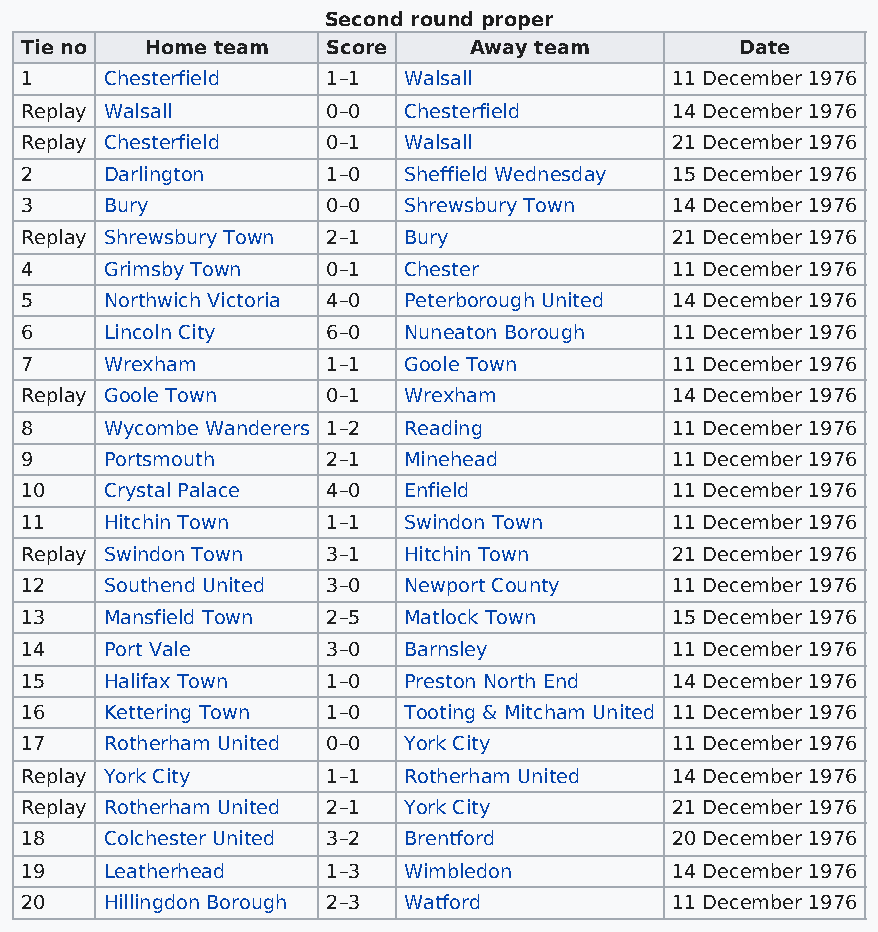
Second round proper
 Tie no   Home team   Score    Away team         Date
 1     Chesterfield   1–1  Walsall          11 December 1976
 Replay Walsall       0–0  Chesterfield     14 December 1976
 Replay Chesterfield  0–1  Walsall          21 December 1976
 2     Darlington     1–0  Sheffield Wednesday 15 December 1976
 3     Bury           0–0  Shrewsbury Town  14 December 1976
 Replay Shrewsbury Town 2–1 Bury            21 December 1976
 4     Grimsby Town   0–1  Chester          11 December 1976
 5     Northwich Victoria 4–0 Peterborough United 14 December 1976
 6     Lincoln City   6–0  Nuneaton Borough 11 December 1976
 7     Wrexham        1–1  Goole Town       11 December 1976
 Replay Goole Town    0–1  Wrexham          14 December 1976
 8     Wycombe Wanderers 1–2 Reading        11 December 1976
 9     Portsmouth     2–1  Minehead         11 December 1976
 10    Crystal Palace 4–0  Enfield          11 December 1976
 11    Hitchin Town   1–1  Swindon Town     11 December 1976
 Replay Swindon Town  3–1  Hitchin Town     21 December 1976
 12    Southend United 3–0 Newport County   11 December 1976
 13    Mansfield Town 2–5  Matlock Town     15 December 1976
 14    Port Vale      3–0  Barnsley         11 December 1976
 15    Halifax Town   1–0  Preston North End 14 December 1976
 16    Kettering Town 1–0  Tooting & Mitcham United 11 December 1976
 17    Rotherham United 0–0 York City       11 December 1976
 Replay York City     1–1  Rotherham United 14 December 1976
 Replay Rotherham United 2–1 York City      21 December 1976
 18    Colchester United 3–2 Brentford      20 December 1976
 19    Leatherhead    1–3  Wimbledon        14 December 1976
 20    Hillingdon Borough 2–3 Watford       11 December 1976